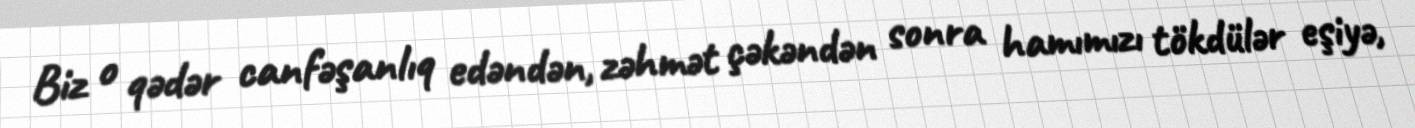
Biz o qədər canfəşanlıq edəndən, zəhmət çəkəndən sonra hamımızı tökdülər eşiyə,